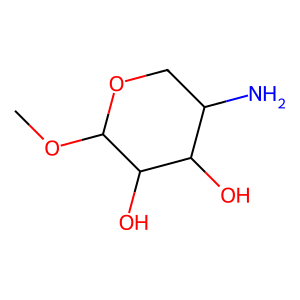
SMILES: COC1OCC(N)C(O)C1O
Inhibits HIV replication: No